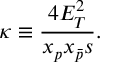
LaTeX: \kappa \equiv \frac { 4 E _ { T } ^ { 2 } } { x _ { p } x _ { \bar { p } } s } .